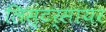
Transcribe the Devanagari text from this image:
लिस्टर्सायर